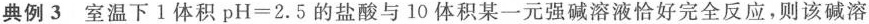
典例3 室温下1体积$$p H = 2 . 5$$的盐酸与10体积某一元强碱溶液恰好完全反应，则该碱溶